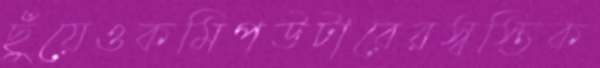
ছুঁয়েওকমিপউটারেরস্বস্তিক